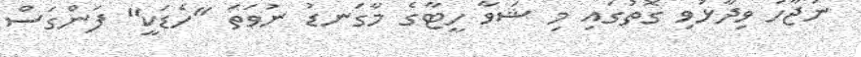
ނަޖާހު ވިދާޅުވި ގޮތުގައި މި ޝަވާ ހީޓާގެ މާގަނޑު ނުވަތަ "ހެޑަކީ" ފަންގަސް